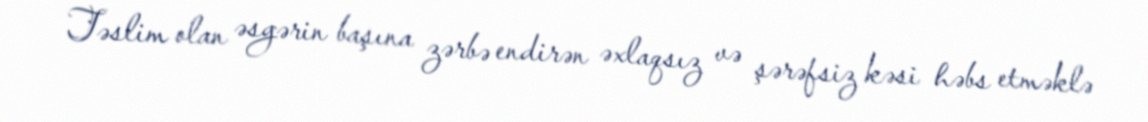
Təslim olan əsgərin başına zərbə endirən əxlaqsız və şərəfsiz kəsi həbs etməklə